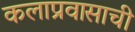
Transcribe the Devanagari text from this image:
कलाप्रवासाची